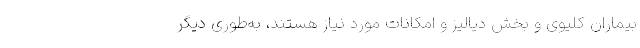
بیماران کلیوی و بخش دیالیز و امکانات مورد نیاز هستند، به‌طوری دیگر